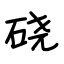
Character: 硗